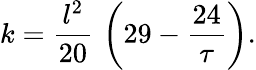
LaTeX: k={\frac{l^{2}}{20}}\, \left(29-{\frac{24}{\tau}}\right).